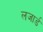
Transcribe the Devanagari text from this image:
लजार्ड